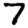
Digit: 7